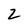
Character: Z